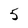
Character: 5